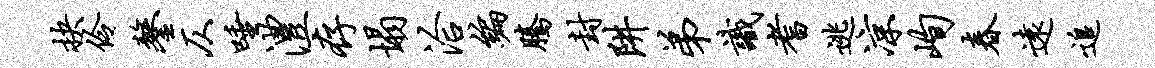
抉伶鏊仄唾澧存塌洽编腾封阱弟识耆逃凉峋春远追